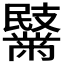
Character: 𪓏